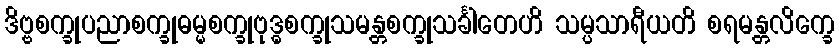
ဒိဗ္ဗစက္ခုပညာစက္ခုဓမ္မစက္ခုဗုဒ္ဓစက္ခုသမန္တစက္ခုသင်္ခါတေဟိ သမ္ပသာရီယတိ စရမန္တလိက္ခေ